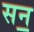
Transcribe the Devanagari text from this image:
सन॒